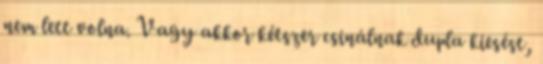
nem lett volna. Vagy akkor kétszer csinálnak dupla kiesést,